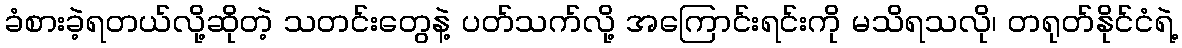
ခံစားခဲ့ရတယ်လို့ဆိုတဲ့ သတင်းတွေနဲ့ ပတ်သက်လို့ အကြောင်းရင်းကို မသိရသလို၊ တရုတ်နိုင်ငံရဲ့